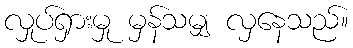
လှုပ်ရှားမှု မှန်သမျှ လှနေသည်။